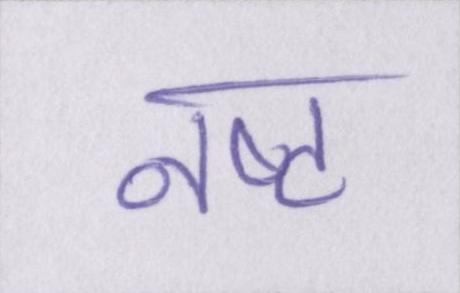
नष्ट